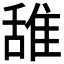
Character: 𫕛